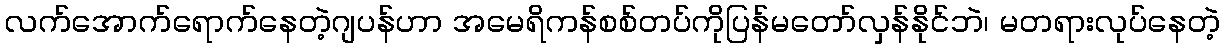
လက်အောက်ရောက်နေတဲ့ဂျပန်ဟာ အမေရိကန်စစ်တပ်ကိုပြန်မတော်လှန်နိုင်ဘဲ၊ မတရားလုပ်နေတဲ့